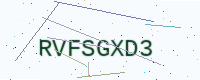
Text: RVFSGXD3